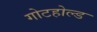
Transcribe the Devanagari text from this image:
गोटहोल्ड